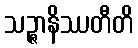
သဉ္ဇာနိဿတီတိ